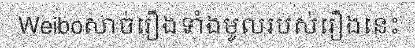
Weiboសាច់រឿងទាំងមូលរបស់រឿងនេះ